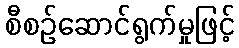
စီစဉ်ဆောင်ရွက်မှုဖြင့်